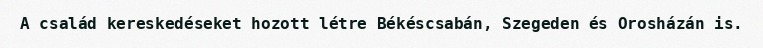
A család kereskedéseket hozott létre Békéscsabán, Szegeden és Orosházán is.